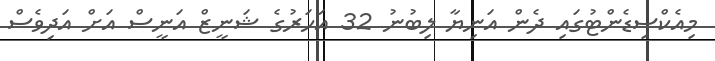
މިއެކްސިޑެންޓުގައި ދެން އަނިޔާ ލިބުނު 32 އަހަރުގެ ޝަނީޒް އަނީސް އަށް އަދިވެސް